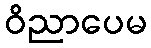
ဝိညာပေမ